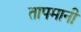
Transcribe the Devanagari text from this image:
तापमानी